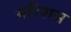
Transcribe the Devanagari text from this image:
मरिशस